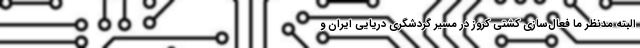
البته مدنظر ما فعال‌سازی کشتی کروز در مسیر گردشگری دریایی ایران و